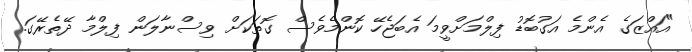
"އައްޒަގެ އެންމެ އަގުބޮޑު ފިލްމަށްވީމަ އެބަޖެހޭ ކޮންމެވެސް ގޮތަކަށް ވިސްނާލަން ފިލްމާ ދޭތެރޭގަ.